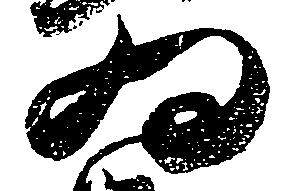
為